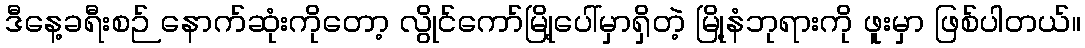
ဒီနေ့ခရီးစဉ် နောက်ဆုံးကိုတော့ လွိုင်ကော်မြို့ပေါ်မှာရှိတဲ့ မြို့နံဘုရားကို ဖူးမှာ ဖြစ်ပါတယ်။